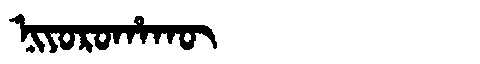
Manchu: ᠨᡳᠶᠣᡵᠣᡥᠠᡴᡡ
Romanization: NIYOROHAKŪ